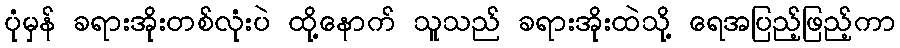
ပုံမှန် ခရားအိုးတစ်လုံးပဲ ထို့နောက် သူသည် ခရားအိုးထဲသို့ ရေအပြည့်ဖြည့်ကာ